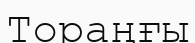
Тораңғы